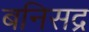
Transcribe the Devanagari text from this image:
बनिसद्र